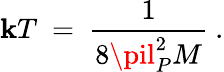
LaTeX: \mathbf{k}T\ =\ \frac{{1}}{{8\pil_{P}^{2}M}}\ .